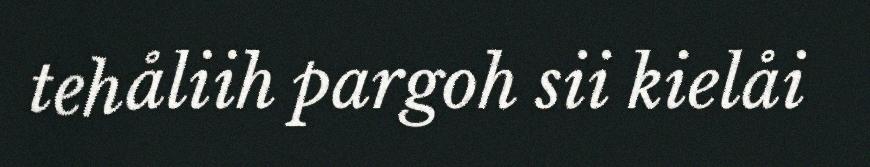
tehåliih pargoh sii kielåi